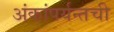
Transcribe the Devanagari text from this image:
अंकांपर्यन्तची